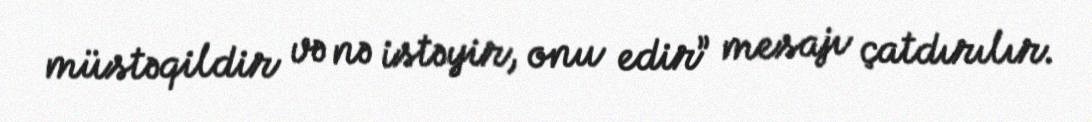
müstəqildir və nə istəyir, onu edir” mesajı çatdırılır.